Report on sanitation, dispensaries, and jails in Rajputana for 1909, and on vaccination for the year 1909-1910 - 1909-1910
Year: 1909
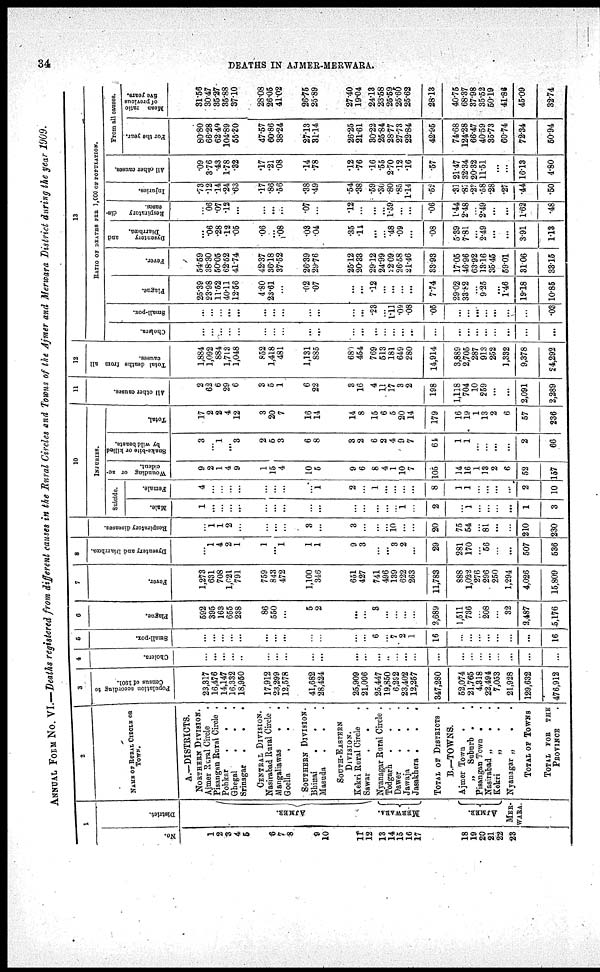
34.
DEATHS IN AJMER-MERWARA.
ANNUAL FORM No. VI.—Deaths registered from different causes in the Rural Circles and Towns of the Ajmer and Merwara District during the year 1909.
1
No.
1
2
3
4
5
6
7
8
9
10
11
12
13
14
15
16
17
18
19
20
21
22
23
District.
AJMER.
MERWARA.
AJMER.
MER-
WARA.
2
NAME OF RURAL CIRCLE OF
TOWN.
A.—DISTRICTS.
NORTHERN DIVISION.
Ajmer Rural Circle .
Pisangan Rural Circle .
Pohkar
.
.
.
Ghegal
.
.
.
Srinagar .
.
.
CENTRAL DIVISION.
Nasirabad Rural Circle .
Mangaliawas
.
.
Goella
. . .
SOUTHERN DIVISION.
Bhinai
. .
Masuda
.
. .
SOUTH-EASTERN
DIVISION.
Kekri Rural Circle
.
Sawar
.
. .
Nyanagar Rural Circle .
Todgarh . . .
Dawer
.
.
.
Jawaja
.
. .
Jasakhera .
.
.
TOTAL OF DISTRICTS .
B.—TOWNS.
Ajmer Town . .
„ Suburb . .
Pisangan Town . .
Nasirabad „
. .
Kekri
„
.
.
Nyanagar „ . .
TOTAL OF TOWNS
TOTAL FOR THE
PROVINCE
3
Population according to
Census of 1901.
23,317
16,476
14,147
16,332
18,950
17,912
23,299
12,578
41,682
28,424
25,909
21,006
25,447
19,850
6,292
23,402
12,257
347,280
52,074
21,765
4,318
22,494
7,053
21,928
129,632
476,912
4
Cholera.
...
...
...
...
..
...
...
...
...
...
...
...
...
..
...
...
...
...
...
...
...
...
...
...
...
...
5
Small-pox.
...
...
...
...
...
...
...
...
...
...
...
...
6
...
7
2
1
16
...
...
...
...
...
...
...
16
6
Plague.
592
395
163
655
238
86
550
...
5
2
...
...
3
...
...
...
...
2,689
1,511
736
...
208
...
32
2,487
5,176
7
Fever.
1,273
631
708
1,021
791
759
843
472
1,100
346
651
427
741
496
139
622
263
11,783
888
1,022
276
296
250
1,294
4,026
15,809
8
Dysentery and Diarrhœa.
...
1
4
2
1
1
...
1
1
1
9
3
...
...
3
2
...
29
281
170
...
56
...
...
507
536
9
Respiratory diseases.
...
1
1
2
...
...
...
...
3
...
3
...
...
...
10
...
...
20
75
54
...
81
...
...
210
230
10
INJURIES.
Suicide.
Male.
1
...
...
...
...
...
...
...
...
...
...
...
...
...
...
1
...
2
...
1
...
...
...
...
1
3
Female.
4
...
...
...
...
...
...
...
...
1
2
...
1
...
...
...
...
8
1
1
...
...
...
...
2
10
Wounding or ac¬
cident.
9
2
1
4
9
1
15
4
10
5
9
6
8
4
1
10
7
105
14
16
1
13
2
6
52
157
Snake-bite or killed
by wild beasts.
3
...
1
...
3
2
5
3
6
8
3
2
6
2
4
9
7
64
1
1
...
...
...
...
2
66
Total.
17
2
2
4
12
3
20
7
16
14
14
8
15
6
5
20
14
179
16
19
1
13
2
6
57
236
11
All other causes.
2
62
6
29
6
3
5
1
6
22
3
16
4
11
17
3
2
198
1,118
704
10
259
...
...
2,091
2,289
12
Total deaths from all
causes.
1,884
1,092
884
1,713
1,048
852
1,418
481
1,131
885
680
454
769
513
181
649
280
14,914
3,889
2,705
287
913
252
1,332
9,378
24,292
13
RATIO OF DEATHS PER 1,000 OF POPULATION.
Cholera.
...
...
...
. ..
...
...
...
...
...
...
...
...
...
...
...
...
...
...
...
...
...
...
...
...
...
...
Small-pox.
...
...
...
...
...
...
...
...
...
...
...
...
.23
...
1.11
.09
.08
.05
...
...
...
...
...
...
...
.03
Plague.
25.39
23.98
11.52
40.11
12.56
4.80
23.61
...
.02
.07
...
...
.12
...
...
...
...
7.74
29.02
33.82
...
9.25
...
1.46
19.18
10.85
Fever.
54.59
38.30
50.05
62.52
41.74
42.37
36.18
37.52
26.39
29.76
25.12
20.33
29.12
24.99
22.09
26.58
21.46
33.93
17.05
46.96
63.92
13.16
35.45
59.01
31.06
33.15
Dysentery
and
Diarrhœs.
...
.06
.28
.12
.05
.06
...
.08
.03
.04
.35
.11
...
...
.48
.09
...
.08
5.39
7.81
...
2.49
...
...
3.91
1.13
Respiratory
dis-
eases.
...
.06
.07
.12
...
...
...
...
.07
...
.12
...
...
...
1.59
...
...
.06
1.44
2.48
...
2.49
...
...
1.62
.48
Injuries.
.73
.12
.14
.24
.63
.17
.86
.56
.38
.49
.54
.38
.59
. 30
.80
.85
1.14
.52
.31
.87
.23
.58
.28
.27
.44
.50
All other causes.
.09
3.76
.43
1.78
.32
.17
.21
.08
.14
.78
.12
.76
.16
.55
2.70
.12
.16
.57
21.47
32.34
20.32
11.51
...
...
16.13
4.80
From all causes.
For the year.
80.80
66.28
62.40
104.89
55.20
47.57
60.86
38.24
27.13
31.14
26.25
21.61
30.22
25.84
28.77
27.73
22.84
42.95
74.68
124.28
66.47
40.59
35.73
60.74
72.34
50.94
Mean ratio
of previous
five years.
31.56
30.47
35.27
35.88
37.10
28.08
26.05
41.02
26.75
25.89
27.40
19.04
24.13
23.58
25.59
25.60
25.62
28.13
40.75
68.37
37.98
35.52
50.19
41.86
45.09
32.74